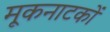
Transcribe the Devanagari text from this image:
मूकनाटकों